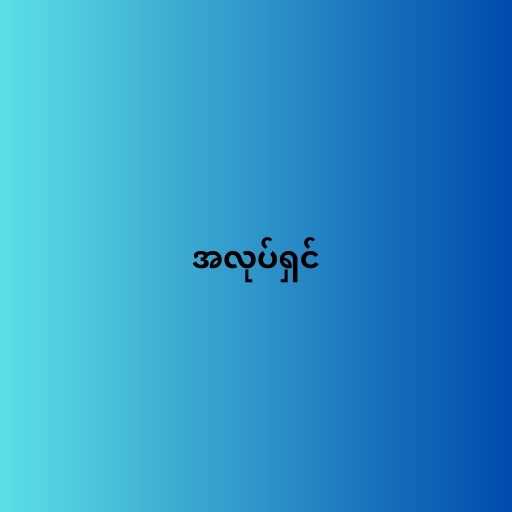
အလုပ်ရှင်